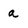
Character: a